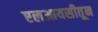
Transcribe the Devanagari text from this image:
एलआयसीतून